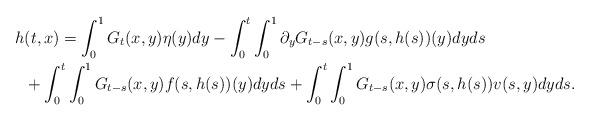
LaTeX: \begin{align*}h&(t,x) = \int_0^1 G_t(x,y)\eta(y)dy -\int_0^t\int_0^1\partial_yG_{t-s}(x,y)g(s, h(s))(y)dyds\\&+\int_0^t\int_0^1G_{t-s}(x,y)f(s, h(s))(y)dyds+\int_0^t\int_0^1 G_{t-s}(x,y) \sigma(s,h(s)) v(s,y) dy ds.\end{align*}